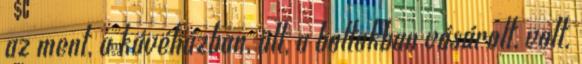
az ment, a kávéházban, ült, a boltokban vásárolt, volt.